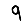
Digit: 9